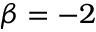
\beta = - 2